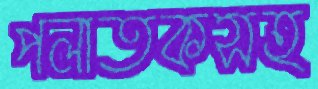
পলাতকসহ